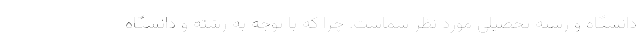
دانشگاه و رشته تحصیلی مورد نظر شماست. چرا که با توجه به رشته و دانشگاه